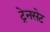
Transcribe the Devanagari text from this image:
ट्रेनसेट